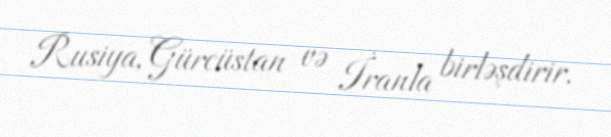
Rusiya, Gürcüstan və İranla birləşdirir.